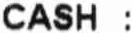
CASH :